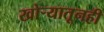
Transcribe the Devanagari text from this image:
खोर्‍यातूनही